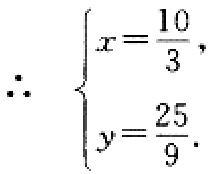
\[\therefore \left\{
\begin{array}{l}
x = \dfrac{10}{3},\\
y=\dfrac{25}{9}.
\end{array}
\right.\]